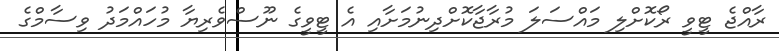
ރާއްޖެ ޓީވީ ރޯކޮށްލި މައްސަލަ މުރާޖާކޮށްދިނުމަށާއި އެ ޓީވީގެ ނޫސްވެރިޔާ މުހައްމަދު ވިސާމްގެ